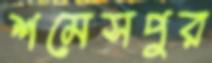
শমেসপুর